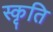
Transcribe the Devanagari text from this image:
स्कृति